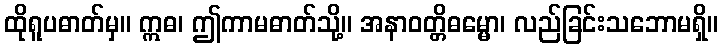
ထိုရူပဓာတ်မှ။ ဣဓ၊ ဤကာမဓာတ်သို့။ အနာဝတ္တိဓမ္မော၊ လည်ခြင်းသဘောမရှိ။